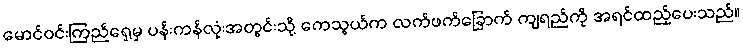
မောင်ဝင်းကြည်ရှေ့မှ ပန်းကန်လုံးအတွင်းသို့ ကေသွယ်က လက်ဖက်ခြောက် ကျရည်ကို အရင်ထည့်ပေးသည်။